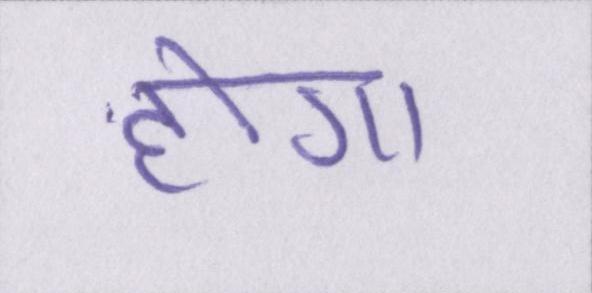
होगा